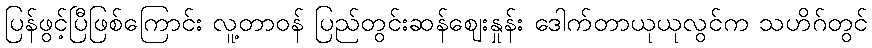
ပြန်ဖွင့်ပြီဖြစ်ကြောင်း လူ့တာဝန် ပြည်တွင်းဆန်ဈေးနှုန်း ဒေါက်တာယုယုလွင်က သဟိဂ်တွင်